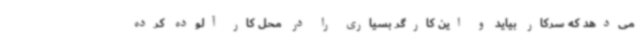
می‌دهد که سرکار بیاید و این کارگر بسیاری را در محل کار آلوده کرده